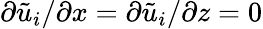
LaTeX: \partial\tilde{{u}}_{i}/\partial x=\partial\tilde{{u}}_{i}/\partial z=0